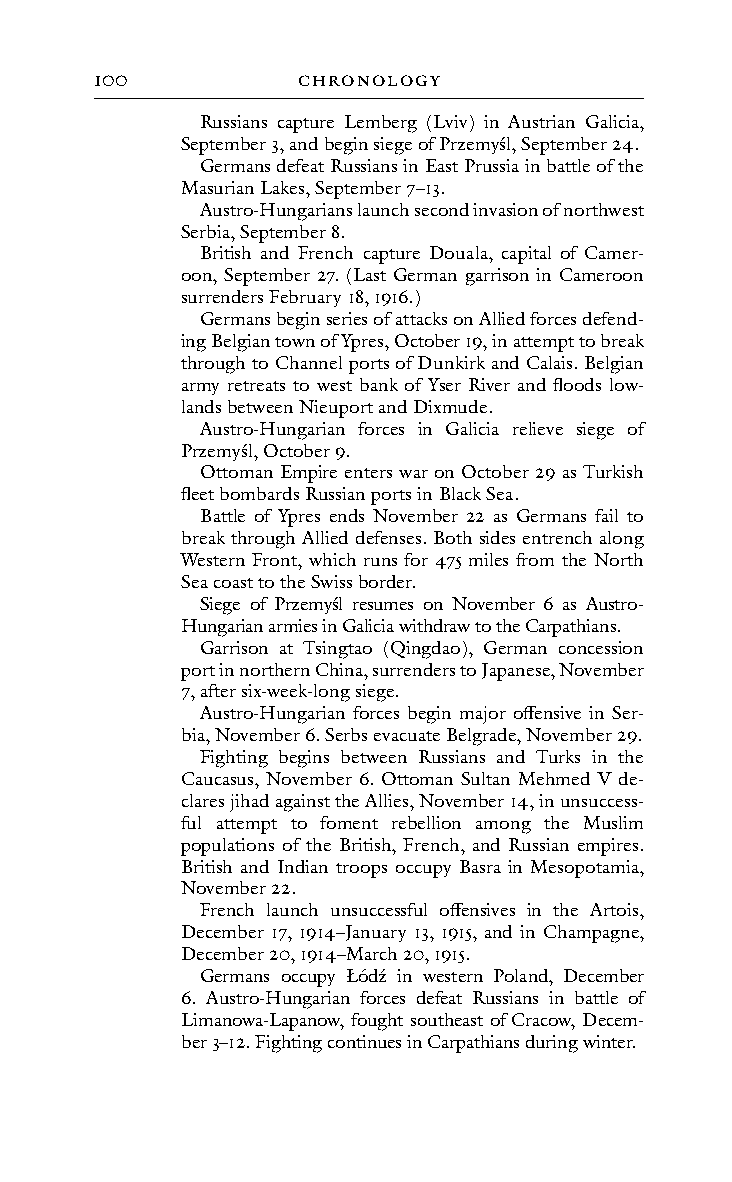
100           cHRonoLoGY
 Russians capture Lemberg (Lviv) in Austrian Galicia,
 September 3, and begin siege of Przemyśl, September 24.
 Germans defeat Russians in East Prussia in battle of the
 Masurian Lakes, September 7–13.
 Austro-Hungarians launch second invasion of northwest
 Serbia, September 8.
 British and French capture Douala, capital of Camer-
 oon, September 27. (Last German garrison in Cameroon
 surrenders February 18, 1916.)
 Germans begin series of attacks on Allied forces defend-
 ing Belgian town of Ypres, October 19, in attempt to break
 through to Channel ports of Dunkirk and Calais. Belgian
 army retreats to west bank of Yser River and floods low-
 lands between Nieuport and Dixmude.
 Austro-Hungarian forces in Galicia relieve siege of
 Przemyśl, October 9.
 Ottoman Empire enters war on October 29 as Turkish
 fleet bombards Russian ports in Black Sea.
 Battle of Ypres ends November 22 as Germans fail to
 break through Allied defenses. Both sides entrench along
 Western Front, which runs for 475 miles from the North
 Sea coast to the Swiss border.
 Siege of Przemyśl resumes on November 6 as Austro-
 Hungarian armies in Galicia withdraw to the Carpathians.
 Garrison at Tsingtao (Qingdao), German concession
 port in northern China, surrenders to Japanese, November
 7, after six-week-long siege.
 Austro-Hungarian forces begin major offensive in Ser-
 bia, November 6. Serbs evacuate Belgrade, November 29.
 Fighting begins between Russians and Turks in the
 Caucasus, November 6. Ottoman Sultan Mehmed V de-
 clares jihad against the Allies, November 14, in unsuccess-
 ful attempt to foment rebellion among the Muslim
 populations of the British, French, and Russian empires.
 British and Indian troops occupy Basra in Mesopotamia,
 November 22.
 French launch unsuccessful offensives in the Artois,
 December 17, 1914–January 13, 1915, and in Champagne,
 December 20, 1914–March 20, 1915.
 Germans occupy Łódź in western Poland, December
 6. Austro-Hungarian forces defeat Russians in battle of
 Limanowa-Lapanow, fought southeast of Cracow, Decem-
 ber 3–12. Fighting continues in Carpathians during winter.